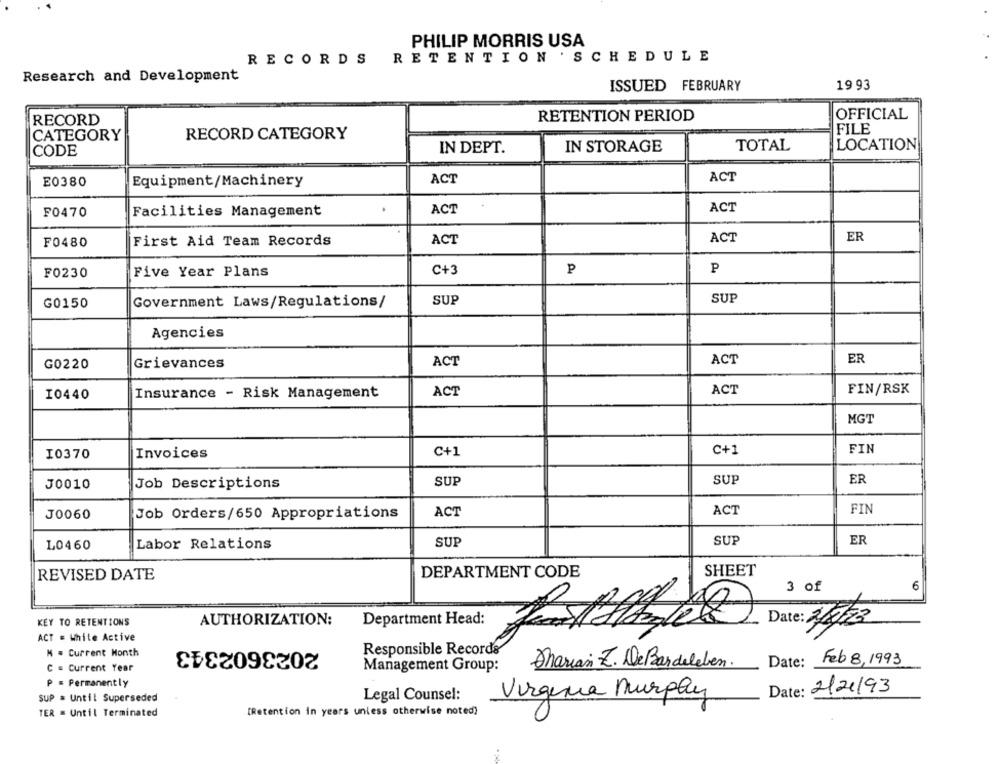
PHILIP MORRIS USA
RECORDS
RETENTION ' SCHEDULE
Research and Development
ISSUED FEBRUARY
19 93
RECORD
RETENTION PERIOD
OFFICIAL
FILE
CATEGORY
RECORD CATEGORY
CODE
IN DEPT.
IN STORAGE
TOTAL
LOCATION
E0380
Equipment/Machinery
ACT
ACT
ACT
F0470
Facilities Management
.
ACT
ACT
ER
F0480
First Aid Team Records
ACT
F0230
Five Year Plans
C+3
P
P
SUP
G0150
Government Laws/Regulations/
SUP
Agencies
ACT
ER
G0220
Grievances
ACT
ACT
FIN/RSK
I0440
Insurance - Risk Management
ACT
MGT
C+1
C+1
FIN
I0370
Invoices
SUP
SUP
ER
J0010
Job Descriptions
ACT
ACT
FIN
J0060
Job Orders/650 Appropriations
SUP
SUP
ER
L0460
Labor Relations
DEPARTMENT CODE
SHEET
REVISED DATE
3 of
6
Department Head:
KEY TO RETENTIONS
AUTHORIZATION:
ACT = While Active
2023602343
M = Current Month
Responsible Records
Marian Z. DeBardeleben.
Date:
Feb 8, 1993
C = Current Year
Management Group:
P = Permanently
Virginia Murphy
Date: 2/21/93
SUP = Until Superseded
Legal Counsel:
TER = Until Terminated
[Retention in years unless otherwise noted)